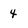
Character: 4